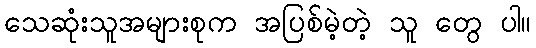
သေဆုံးသူအများစုက အပြစ်မဲ့တဲ့ သူ တွေ ပါ။